Lunatic asylums Bombay report 1878-1890 - 1878-1890
Year: 1878
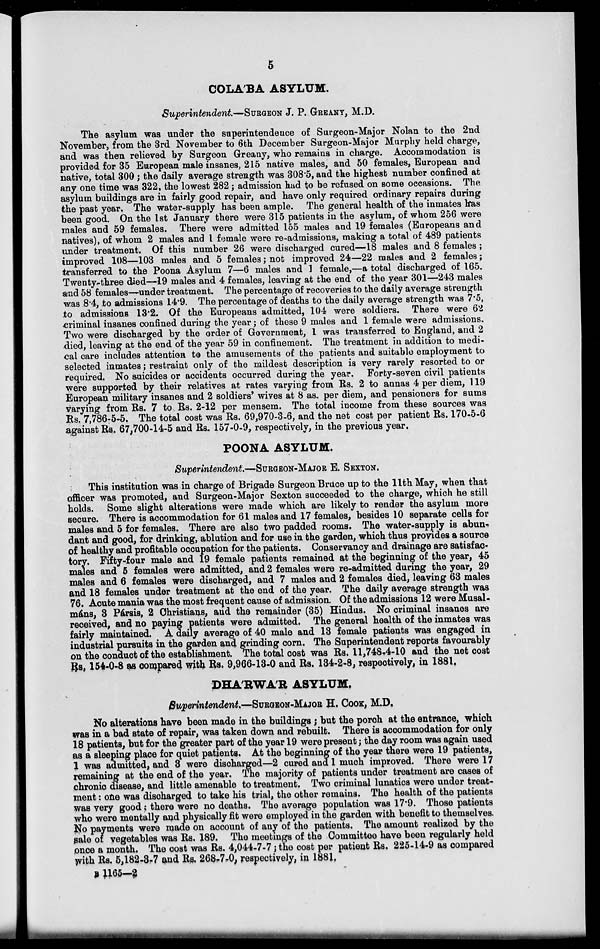
5
COLA'BA ASYLUM.
Superintendent.—SURGEON J. P. GREANY, M.D.
The asylum was under the superintendence of Surgeon-Major Nolan to the 2nd
November, from the 3rd November to 6th December Surgeon-Major Murphy held charge,
and was then relieved by Surgeon Greany, who remains in charge. Accommodation is
provided for 35 European male insanes, 215 native males, and 50 Females. European and
native, total 300; the daily average strength was 308.5, and the highest number confined at
any one time was 322, the lowest 282; admission had to be refused on some occasions. The
asylum buildings are in fairly good repair, and have only required ordinary repairs during
the past year. The water-supply has been ample. The general health of the inmates has
been good. On the 1st January there were 315 patients in the asylum, of whom 256 were
males and 59 females. There were admitted 155 males and 19 females (Europeans and
natives), of whom 2 males and 1 female were re-admissions, making a total of 489 patients
under treatment. Of this number 26 were discharged cured—18 males and 8 females;
improved 108—103 males and 5 females ; not improved 24—22 males and 2 females;
transferred to the Poona Asylum 7—6 males and 1 female,—a total discharged of 165.
Twenty-three died—19 males and 4 Females. leaving at the end of the year 301—243 males
and 58 females—under treatment. The percentage of recoveries to the daily average strength
was 8.4, to admissions 14.9. The percentage of deaths to the daily average strength was 7.5,
to admissions 13.2. Of the Europeans admitted, 104 were soldiers. There were 62
criminal insanes confined during the year; of these 9 males and 1 female were admissions.
Two were discharged by the order of Government, 1 was transferred to England, and 2
died, leaving at the end of the year 59 in confinement. The treatment in addition to medi-
cal care includes attention to the amusements of the patients and suitable employment to
selected inmates; restraint only of the mildest description is very rarely resorted to or
required. No suicides or accidents occurred during the year. Forty-seven civil patients
were supported by their relatives at rates varying from Rs. 2 to annas 4 per diem, 119
European military insanes and 2 soldiers' wives at 8 as. per diem, and pensioners for sums
varying from Rs. 7 to Rs. 2-12 per mensem. The total income from these sources was
Rs. 7,786-5-5. The total cost was Rs. 69,970-3-6, and the net cost per patient Rs. 170-5-6
against Rs. 67,700-14-5 and Rs. 157-0-9, respectively, in the previous year.
POONA ASYLUM.
Superintendent—SURGEON-MAJOR E. SEXTON.
This institution was in charge of Brigade Surgeon Bruce up to the 11th May, when that
officer was promoted, and Surgeon-Major Sexton succeeded to the charge, which he still
holds. Some slight alterations were made which are likely to render the asylum more
secure. There is accommodation for 61 males and 17 Females. besides 10 separate cells for
males and 5 for females. There are also two padded rooms. The water-supply is abun-
dant and good, for drinking, ablution and for use in the garden, which thus provides a source
of healthy and profitable occupation for the patients. Conservancy and drainage are satisfac-
tory. Fifty-four male and 19 female patients remained at the beginning of the year, 45
males and 5 females were admitted, and 2 females were re-admitted during the year, 29
males and 6 females were discharged, and 7 males and 2 females died, leaving 63 males
and 18 females under treatment at the end of the year. The daily average strength was
76. Acute mania was the most frequent cause of admission. Of the admissions 12 were Musal-
máns, 3 Pársis, 2 Christians, and the remainder (35) Hindus. No criminal insanes are
received, and no paying patients were admitted. The general health of the inmates was
fairly maintained. A daily average of 40 male and 13 female patients was engaged in
industrial pursuits in the garden and grinding corn. The Superintendent reports favourably
on the conduct of the establishment. The total cost was Rs. 11,748-4-10 and the net cost
Rs, 154-0-8 as compared with Rs. 9,966-13-0 and Rs. 134-2-8, respectively, in 1881.
DHA'RWA'R ASYLUM.
Superintendent.—SURGEON-MAJOR H. COOK, M.D,
No alterations have been made in the buildings; but the porch at the entrance, which
was in a bad state of repair, was taken down and rebuilt. There is accommodation for only
18 patients, but for the greater part of the year 19 were present; the day room was again used
as a sleeping place for quiet patients. At the beginning of the year there were 19 patients,
1 was admitted, and 3 were discharged—2 cured and 1 much improved. There were 17
remaining at the end of the year. The majority of patients under treatment are cases of
chronic disease, and little amenable to treatment. Two criminal lunatics were under treat-
ment : one was discharged to take his trial, the other remains. The health of the patients
was very good: there were no deaths. The average population was 17.9. Those patients
who were mentally and physically fit were employed in the garden with benefit to themselves.
No payments were made on account of any of the patients. The amount realized by the
sale of vegetables was Rs. 189. The meetings of the Committee have been regularly held
once a month. The cost was Rs. 4,044-7-7; the cost per patient Rs. 225-14-9 as compared
with Rs. 5,182-3-7 and Rs. 268-7-0, respectively, in 1881.
B 1165—2